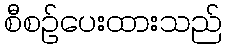
စီစဉ်ပေးထားသည်